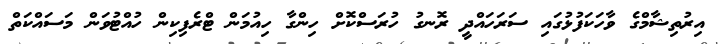
އިރުތިޝާމްގެ ވާހަކަފުޅުގައި ސަރަހައްދީ ރޮނގު ހުރަސްކޮށް ހިންގާ ހިއުމަން ޓްރެފިކިން ހުއްޓުވަން މަސައްކަތް